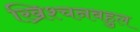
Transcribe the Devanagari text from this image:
ख्रिश्चनबहुल